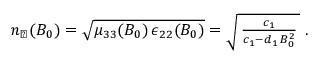
\begin{array} { r } { n _ { \perp } ( B _ { 0 } ) = \sqrt { \mu _ { 3 3 } ( B _ { 0 } ) \, \epsilon _ { 2 2 } ( B _ { 0 } ) } = \sqrt { \, \frac { c _ { 1 } } { c _ { 1 } - d _ { 1 } \, B _ { 0 } ^ { 2 } } \, } \; . } \end{array}